Report on lock hospitals in British Burma
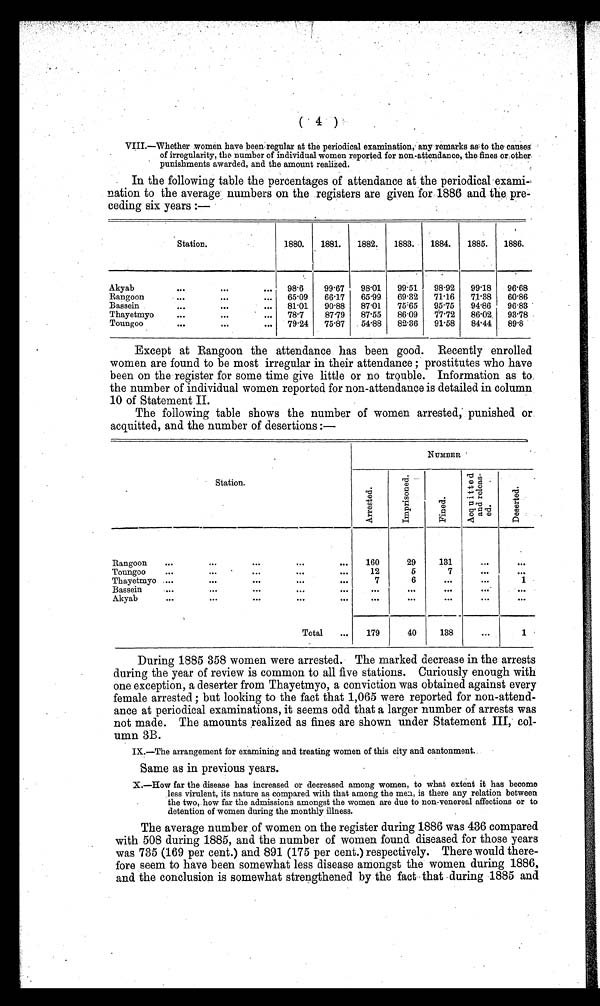
( 4 )
VIII.—Whether women have been regular at the periodical examination, any remarks as to the causes
of irregularity, the number of individual women reported for non-attendance, the fines or other
' punishments awarded, and the amount realized.
In the following table the percentages of attendance at the periodical exami-
nation to the average numbers on the registers are given for 1886 and the, pre-
ceding six years :—
Station.
1880.
1881.
1882.
1883.
1884.
1885.
1886.
Akyab
...
...
98.6
99.67
98.01
99 . 51
98 . 92
99.18
.
96.68
Rangoon
...
65.09
66 . 17
65 . 99
69 . 32
71 . 16
71 . 38
60.86
Bassein
...
...
...
81.01
90.88
87.01
75.65
95.75
94..86
96.83.
Thayetmyo...
...
...
78.7
87.79
87.55
86.09
77 . 72
86.02.
93.78
Toungoo
...
...
79.24
75.87
54..88
82.36
91.58
84.44
89.8
Except at Rangoon the attendance has been good. Recently enrolled
women are found to be most irregular in their attendance ; prostitutes who have
been on the register for some time give little or no trouble. Information as to
the number of individual women reported for non-attendance is detailed in column.
10 of Statement II.
The following table shows the number of women arrested, punished or
acquitted, and the number of desertions :—
NUMBER
Station.
A r r e s t e d
I m p r i s o n e d .
F i n e d
A c q u i t t e d a n d r e l e a s e d
D e s e r t e d
Rangoon
...
. . .
160
29
131
...
. . .
12
5
7
. . .
. . .
Toungoo
...
...
.
...
. . .
Thayetmyo ....
...
...
. . .
7
6
. . .
. . .
1
Bassein
...
...
...
. . .
…
. . .
. . .
. . .
…
Ak y ab
...
...
...
. . .
. . .
. . .
. . .
. . .
Total
…
179
40
138
…
1
During 1885 358 women were arrested. The marked decrease in the arrests
during the year of review is common to all five stations. Curiously enough with
one exception, a deserter from Thayetmyo, a conviction was obtained against every
female arrested ; but looking to the fact that 1,065 were reported for non-attend-
ance at periodical examinations, it seems odd that a larger number of arrests was
not made. The amounts realized as fines are shown under Statement III, col-
umn 3B.
IX.—The arrangement for examining and treating women of this city and cantonment.
Same as in previous years.
X.—How far the disease has increased or decreased among women, to what extent it has become
less virulent, its nature as compared with that among the men, is there any relation between
the two, how far the admissions amongst the women are due to non-venereal affections or to
detention of women during the monthly illness.
The average number of women on the register during 1886 was 436 compared
with 508 during 1885, and the number of women found diseased for those years
was 735 (169 per cent.) and 891 (175 per cent.) respectively. There would there-
fore seem to have been somewhat less disease amongst the women during 1886,
and the conclusion is somewhat strengthened by the fact that -during 1885 and